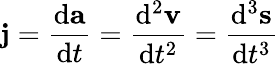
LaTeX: {\textbf{j}}={\frac{\mathrm{d}{\textbf{a}}}{\mathrm{d}t}}={\frac{\mathrm{d}^{2}{\textbf{v}}}{\mathrm{d}t^{2}}}={\frac{\mathrm{d}^{3}{\textbf{s}}}{\mathrm{d}t^{3}}}